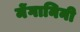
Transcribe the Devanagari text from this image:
मेंगानिनी